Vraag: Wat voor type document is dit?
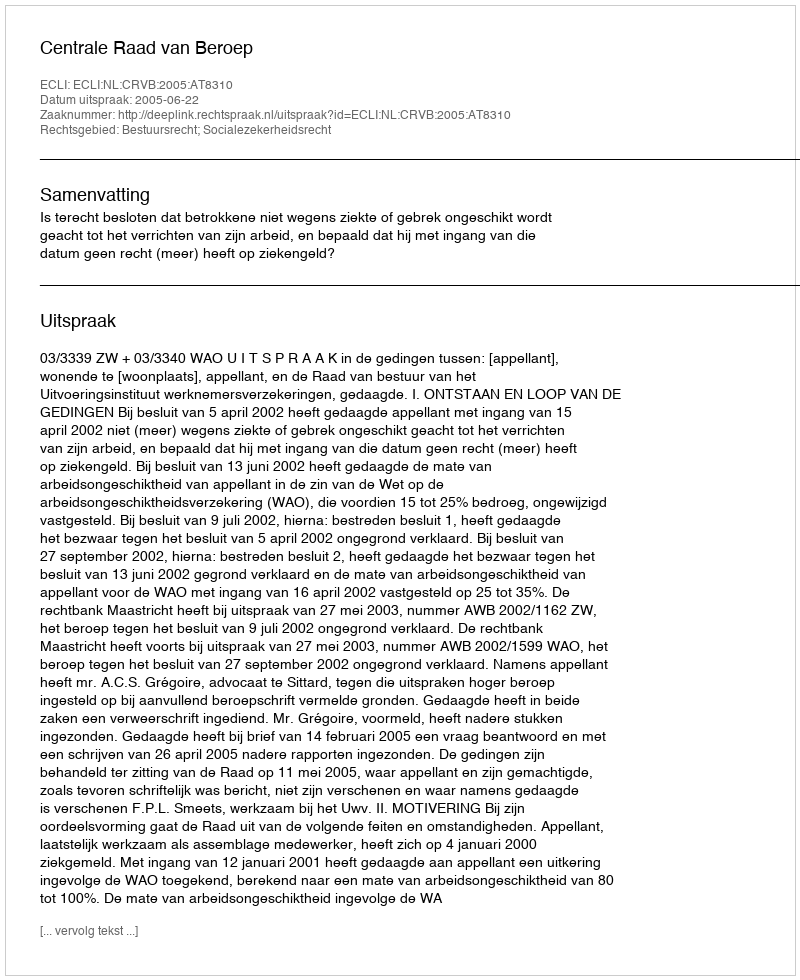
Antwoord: Uitspraak